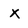
Character: x